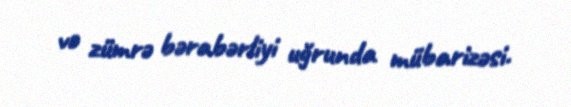
və zümrə bərabərliyi uğrunda mübarizəsi.